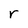
Character: r